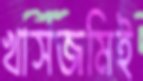
খাসজমিই